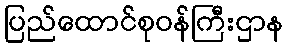
ပြည်ထောင်စုဝန်ကြီးဌာန